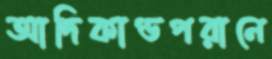
আদিকাণ্ডপরানে